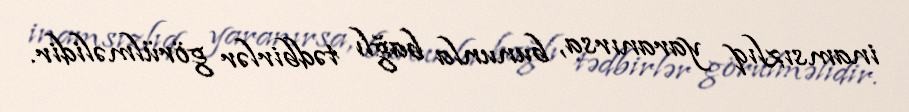
inamsızlıq yaranırsa, bununla bağlı tədbirlər görülməlidir.